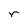
Character: r